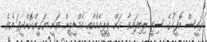
ރައީސް އޮފީހުގެ ސިޓީ ލިބިފައިވާ ކަން ޕީޕީއެމްއާއި އެމްޑީޕީން ވަނީ ޔަގީންކޮށްދީފަ އެވެ.